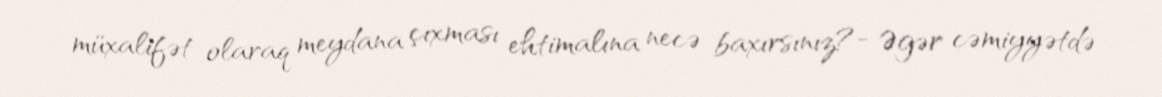
müxalifət olaraq meydana çıxması ehtimalına necə baxırsınız?- Əgər cəmiyyətdə